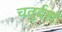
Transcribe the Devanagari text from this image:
चतुर्दशं